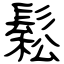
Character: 鬆